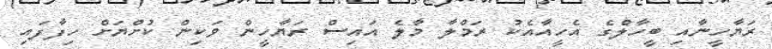
ރަޔާހީނާއި ބީހާލްގެ އެހީއާއެކު ރަމްލާ މާލެ އައިސް ރަޔާހީން ވަކިން ކުށްޔަށް ހިފާފައި